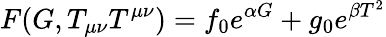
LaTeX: F(G,T_{\mu\nu}T^{\mu\nu})=f_{0}e^{\alpha G}+g_{0}e^{\beta T^{2}}